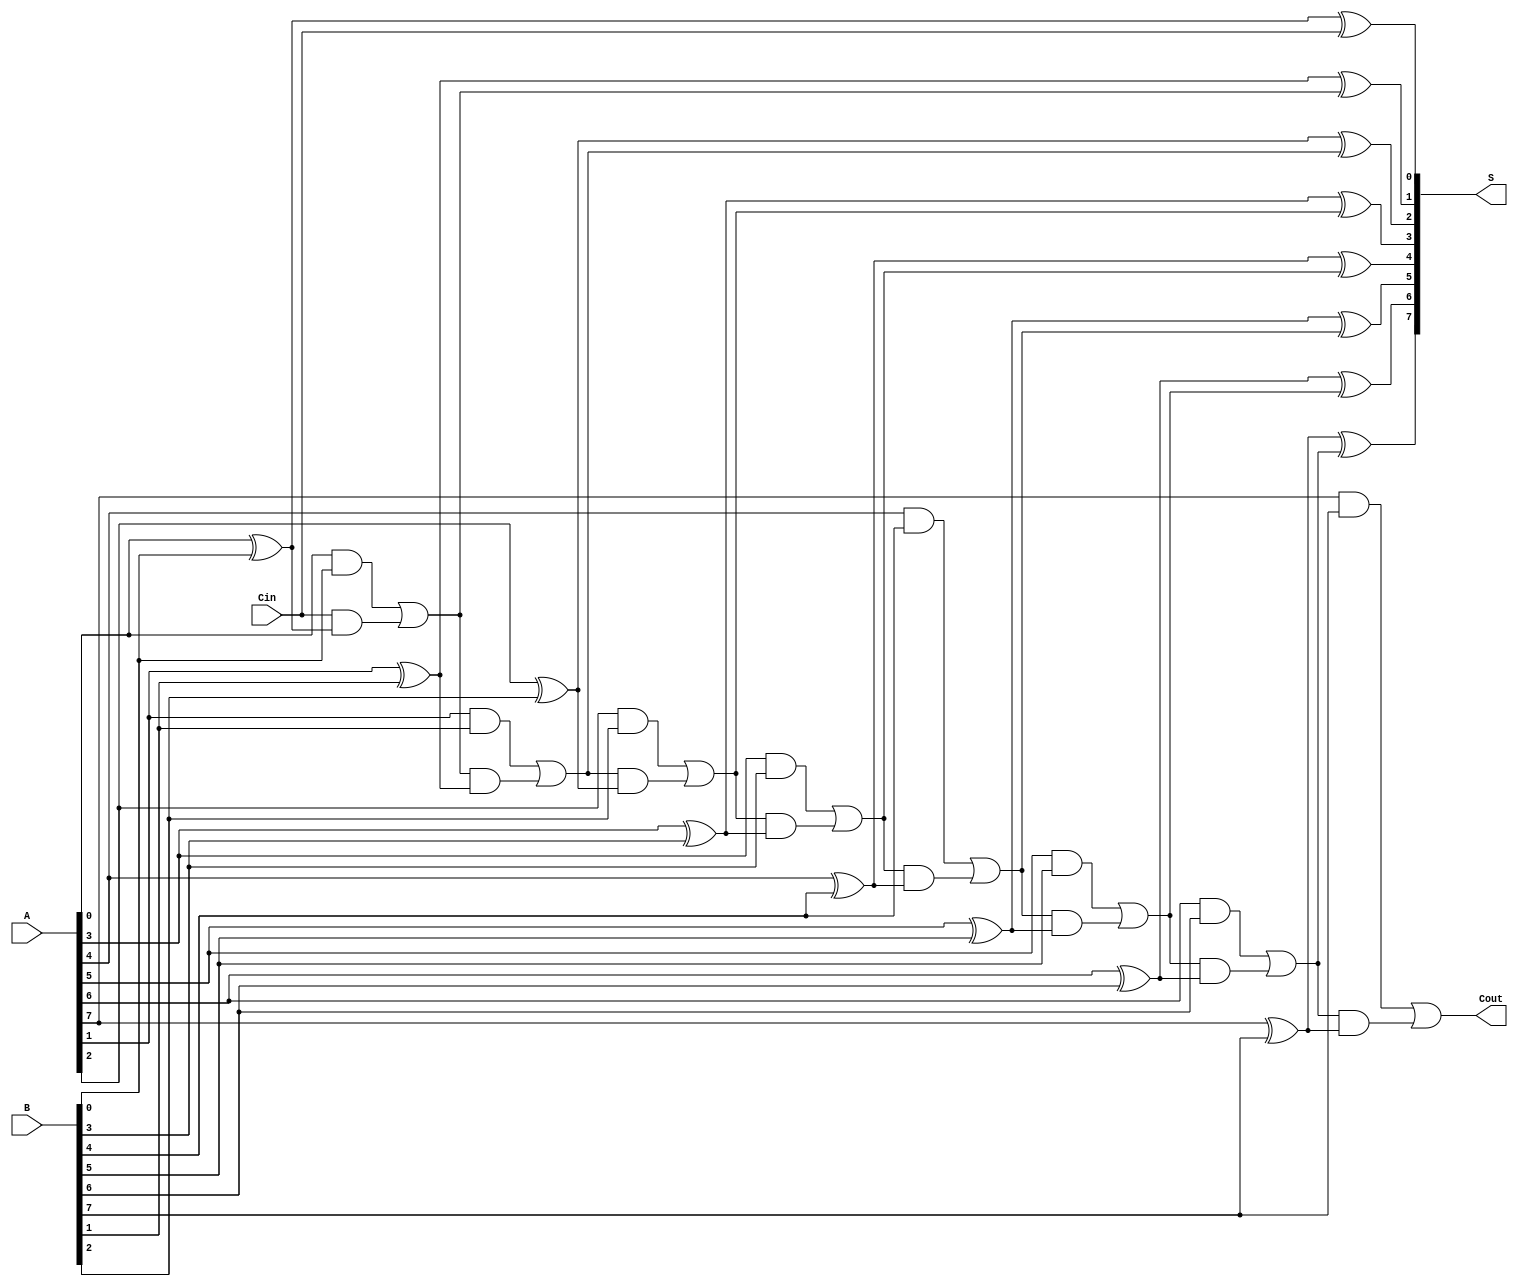
module ManchesterCarryChainAdder (
    input [N-1:0] A,      // First operand
    input [N-1:0] B,      // Second operand
    input Cin,            // Carry-in
    output [N-1:0] S,     // Sum output
    output Cout           // Carry-out
);
    parameter N = 8; // Width of the adder (can be changed as needed)

    wire [N:0] C; // Carry signals, C[0] is the initial carry-in

    // Assign initial carry-in
    assign C[0] = Cin;

    // Carry generation and propagation
    genvar i;
    generate
        for (i = 0; i < N; i = i + 1) begin: carry_gen
            assign C[i+1] = (A[i] & B[i]) | (C[i] & (A[i] ^ B[i]));
        end
    endgenerate

    // Sum computation
    generate
        for (i = 0; i < N; i = i + 1) begin: sum_gen
            assign S[i] = A[i] ^ B[i] ^ C[i];
        end
    endgenerate

    // Final carry-out
    assign Cout = C[N];

endmodule